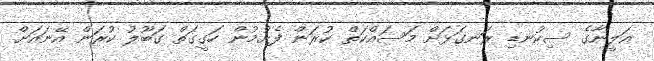
އަލީނާގެ ސިކުނޑި ރަނގަޅަށް މަސައްކަތް ކުރަން ފެށުމުން ހަގީގަތް ގަބޫލު ކުރަން އޭނައަށް